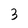
Character: 3